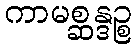
ကာမစ္ဆန္ဒဉ္စ